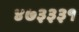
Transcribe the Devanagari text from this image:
४७३३३१